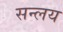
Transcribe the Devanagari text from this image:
सन्लय